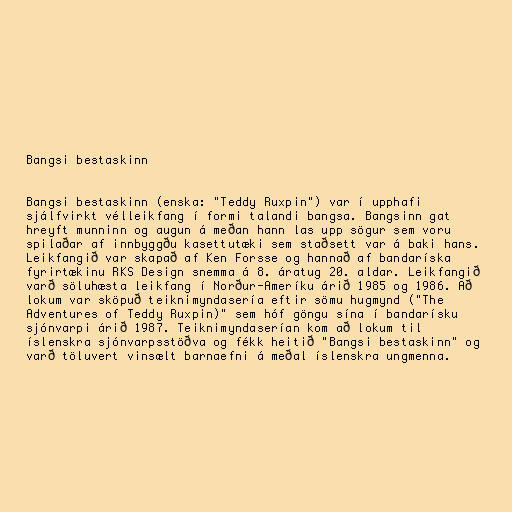
Bangsi bestaskinn

Bangsi bestaskinn (enska: "Teddy Ruxpin") var í upphafi
sjálfvirkt vélleikfang í formi talandi bangsa. Bangsinn gat
hreyft munninn og augun á meðan hann las upp sögur sem voru
spilaðar af innbyggðu kasettutæki sem staðsett var á baki hans.
Leikfangið var skapað af Ken Forsse og hannað af bandaríska
fyrirtækinu RKS Design snemma á 8. áratug 20. aldar. Leikfangið
varð söluhæsta leikfang í Norður-Ameríku árið 1985 og 1986. Að
lokum var sköpuð teiknimyndasería eftir sömu hugmynd ("The
Adventures of Teddy Ruxpin)" sem hóf göngu sína í bandarísku
sjónvarpi árið 1987. Teiknimyndaserían kom að lokum til
íslenskra sjónvarpsstöðva og fékk heitið "Bangsi bestaskinn" og
varð töluvert vinsælt barnaefni á meðal íslenskra ungmenna.